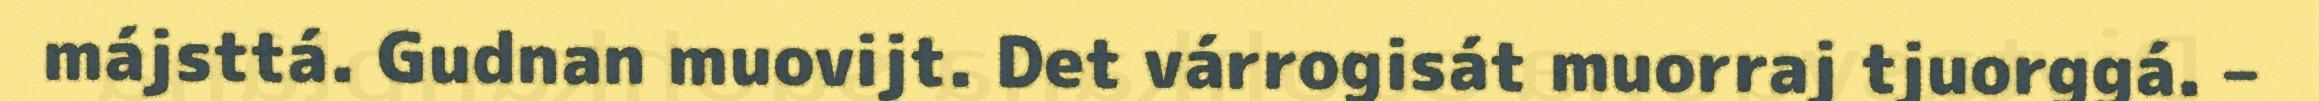
májsttá. Gudnan muovijt. Det várrogisát muorraj tjuorggá. –